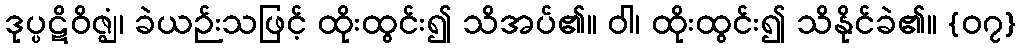
ဒုပ္ပဋိဝိဇ္ဈံ၊ ခဲယဉ်းသဖြင့် ထိုးထွင်း၍ သိအပ်၏။ ဝါ၊ ထိုးထွင်း၍ သိနိုင်ခဲ၏။ {၀၇}